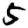
Digit: 5